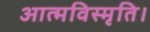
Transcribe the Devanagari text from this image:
आत्मविस्मृति।